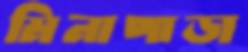
মিনাপাড়া